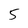
Character: 5